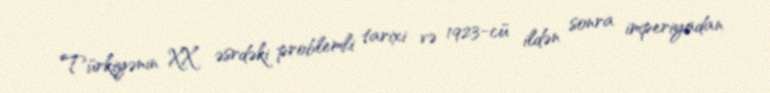
Türkiyənin XX əsrdəki problemli tarixi və 1923-cü ildən sonra imperiyadan